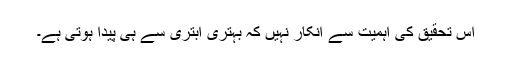
اس تحقیق کی اہمیت سے انکار نہیں کہ بہتری ابتری سے ہی پیدا ہوتی ہے۔